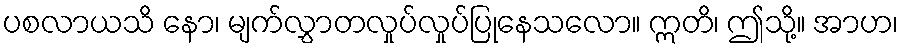
ပစလာယသိ နော၊ မျက်လွှာတလှုပ်လှုပ်ပြုနေသလော။ ဣတိ၊ ဤသို့။ အာဟ၊